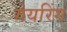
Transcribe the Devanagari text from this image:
गेयरिंग